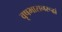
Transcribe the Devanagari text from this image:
वृषभासनरूढां